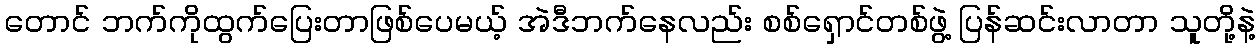
တောင် ဘက်ကိုထွက်ပြေးတာဖြစ်ပေမယ့် အဲဒီဘက်နေလည်း စစ်ရှောင်တစ်ဖွဲ့ ပြန်ဆင်းလာတာ သူတို့နဲ့